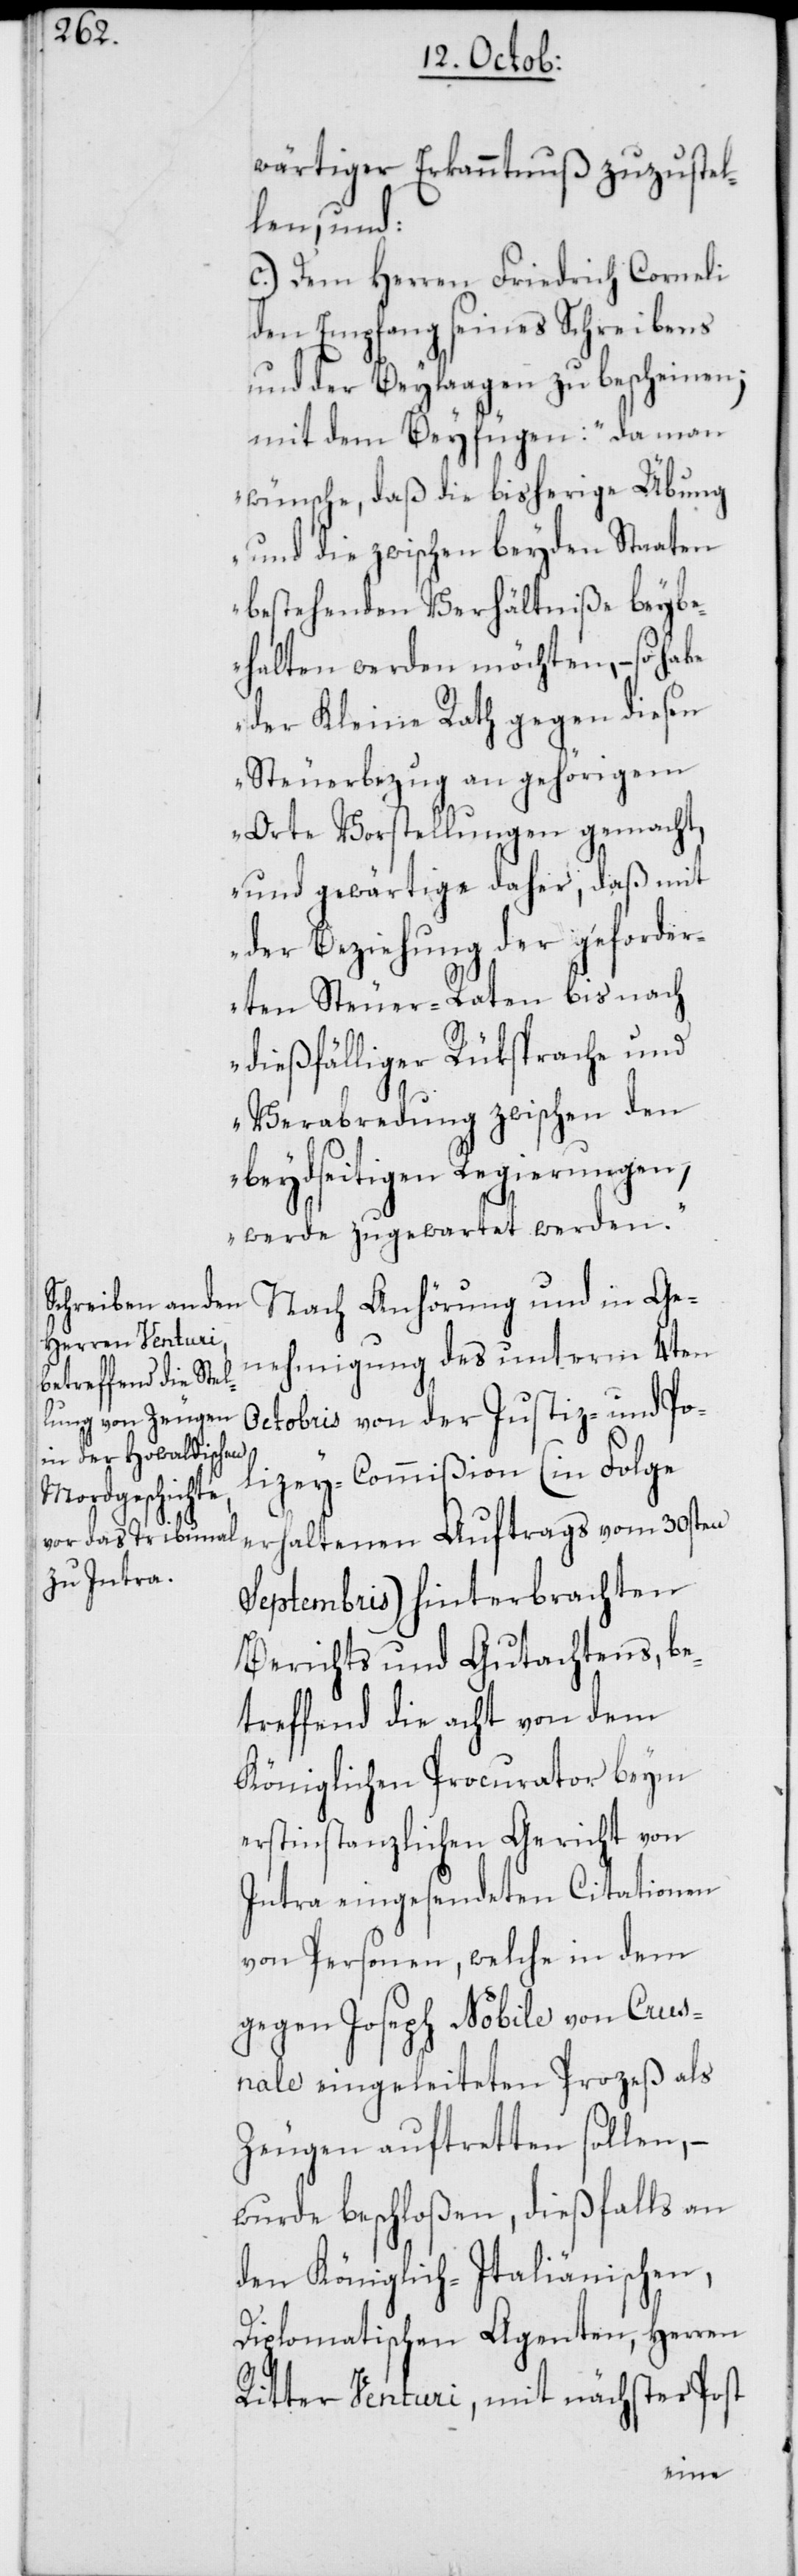
wärtiger Erkanntnuß zuzustel¬
len, und:
c.) Dem Herren Friedrich Corneli
den Empfang seines Schreibens
und der Beylaagen zu bescheinen;
mit dem Beyfügen: „da man
wünsche, daß die bisherige Übung
und die zwischen beyden Staaten
bestehenden Verhältniße beybe¬
halten werden möchten, – so habe
der Kleine Rath gegen diesen
Steuerbezug an gehörigem
Orte Vorstellungen gemacht,
und gewärtige daher, daß mit
der Beziehung der geforder¬
eten Steuer-Raten bis nach
dießfälliger Rüksprache und
Verabredung zwischen den
beydseitigen Regierungen,
werde zugewartet werden.“
Nach Anhörung und in Ge¬
nehmigung des unterm 4ten
Octobris von der Justiz- und Po¬
lizey-Commißion (in Folge
erhaltenen Auftrags vom 30sten
Septembris) hinterbrachten
Berichts und Gutachtens, be¬
treffend die acht von dem
Königlichen Procurathor beym
erstinstanzlichen Gericht von
Intra eingesendeten Citationen
von Personen, welche in dem
gegen Joseph Nobile von Crus¬
nale eingeleiteten Prozeß als
Zeugen auftretten sollen, –
wurde beschloßen, dießfalls an
den Königlich-Italiänischen,
Diplomatischen Agenten, Herren
Ritter Venturi, mit nächster Post